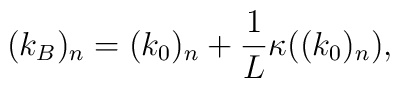
(k_B)_n=(k_0)_n +\frac{1}{L}\kappa((k_0)_n),